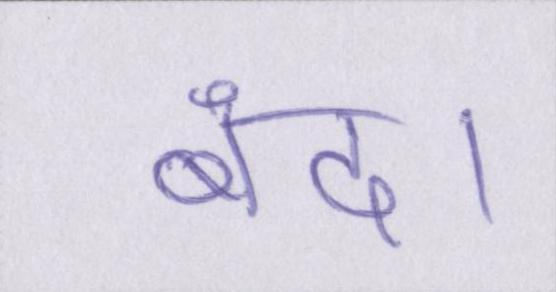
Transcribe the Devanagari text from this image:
बंद।